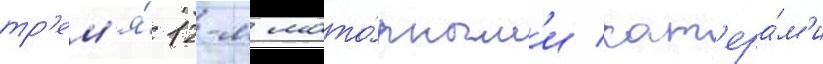
тр'ем'я́ 12-м мото́рным'и кат'ера́м'и